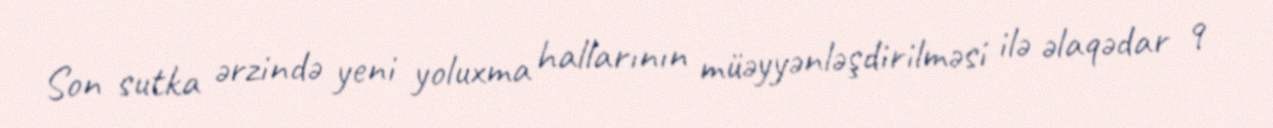
Son sutka ərzində yeni yoluxma hallarının müəyyənləşdirilməsi ilə əlaqədar 9